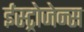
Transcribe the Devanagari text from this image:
ईस्ट्रोजेन्स